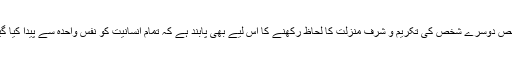
ہر شخص دوسرے شخص کی تکریم و شرف منزلت کا لحاظ رکھنے کا اس لیے بھی پابند ہے کہ تمام انسانیت کو نفس واحدہ سے پیدا کیا گیا ہے۔